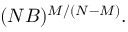
( N B ) ^ { M / ( N - M ) } .